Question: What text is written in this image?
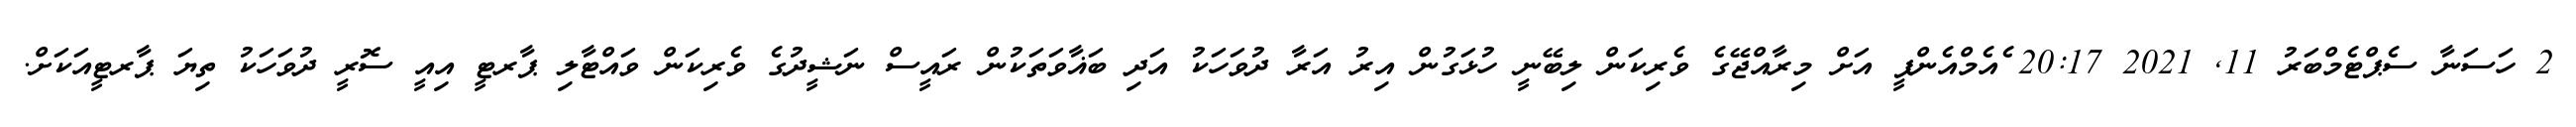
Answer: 2 ހަސަނާ ސެޕްޓެމްބަރު 11, 2021 20:17 ެއެމްއެންޕީ އަށް މިރާއްޖޭގެ ވެރިކަން ލިބޭނީ ހުޅަގުން އިރު އަރާ ދުވަހަކު އަދި ބަޣާވަތަކުން ރައީސް ނަޝީދުގެ ވެރިކަން ވައްޓާލި ޕާރޓީ އިއީ ސޮރީ ދުވަހަކު ތިޔަ ޕާރޓީއަކަށް.